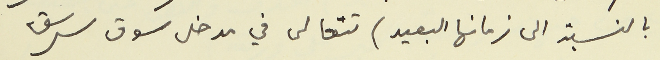
بالنسبة الى زمانها البعيد) تتعالى في مدخل سوق سرسق